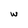
Character: w